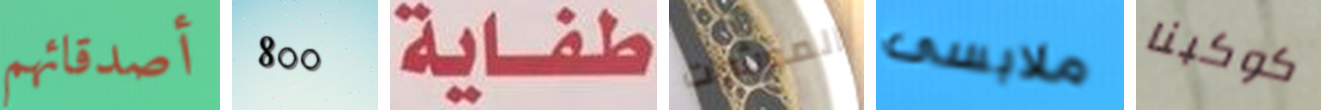
أصدقائهم 800 طفاية المؤشرات ملابسى كوكبنا